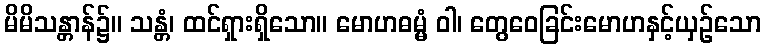
မိမိသန္တာန်၌။ သန္တံ၊ ထင်ရှားရှိသော။ မောဟဓမ္မံ ဝါ၊ တွေဝေခြင်းမောဟနှင့်ယှဉ်သော